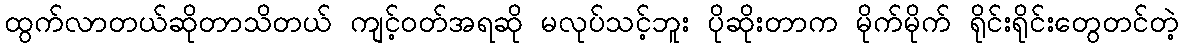
ထွက်လာတယ်ဆိုတာသိတယ် ကျင့်ဝတ်အရဆို မလုပ်သင့်ဘူး ပိုဆိုးတာက မိုက်မိုက် ရိုင်းရိုင်းတွေတင်တဲ့